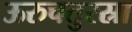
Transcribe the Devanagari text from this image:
ऊरुचतुरस्रा